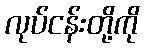
လုပ်ငန်းတို့ကို